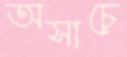
অসাচে